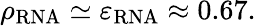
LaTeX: \rho_{\mathrm{RNA}}\simeq\varepsilon_{\mathrm{RNA}}\approx 0.67.